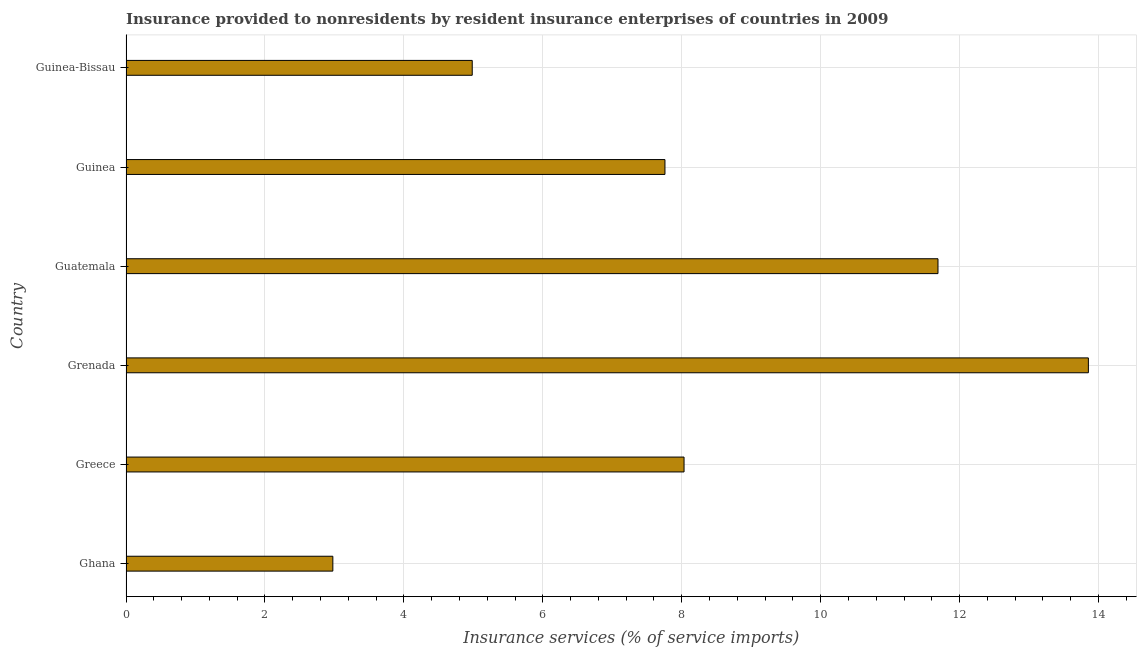
| Country | Insurance and financial services |
 | --- | --- |
 | Ghana | 2.98 |
 | Greece | 8.03 |
 | Grenada | 13.9 |
 | Guatemala | 11.7 |
 | Guinea | 7.76 |
 | Guinea-Bissau | 4.98 |